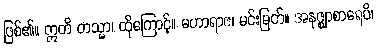
ဖြစ်၏။ ဣတိ တသ္မာ၊ ထိုကြောင့်။ မဟာရာဇ၊ မင်းမြတ်။ အနဇ္ဈာစာရေပိ၊